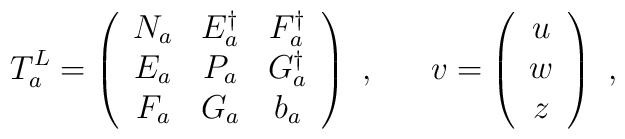
T^L_a = \left( \begin{array}{ccc} N_a & E_a^\dagger & F_a^\dagger \\ E_a & P_a & G_a^\dagger \\ F_a & G_a & b_a \end{array} \right) ~,~~~~~v = \left( \begin{array}{c} u \\ w \\ z \end{array} \right) ~,